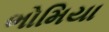
ભોમિયા